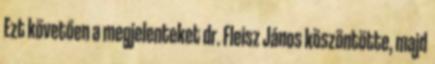
Ezt követően a megjelenteket dr. Fleisz János köszöntötte, majd